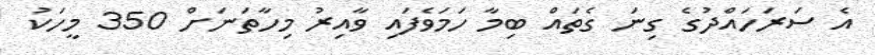
އެ ސަރަހައްދުގެ ގިނަ ގެތައް ބިމާ ހަމަވެފައި ވާއިރު މިހާތަނަށް 350 މީހަކު